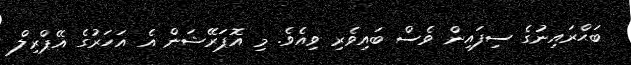
ބަޙްރައިނުގެ ސިފައިން ވެސް ބައިވެރި ވިއެވެ. މި އޮޕަރޭޝަން އެ އަހަރުގެ އޭޕްރިލް